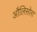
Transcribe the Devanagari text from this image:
औलिसोरा